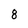
Character: 8